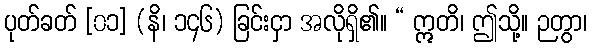
ပုတ်ခတ် [၀၁] (နိ၊ ၁၄၆) ခြင်းငှာ အလိုရှိ၏။ “ ဣတိ၊ ဤသို့။ ဉတွာ၊